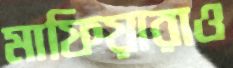
মাফিয়ারাও